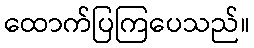
ထောက်ပြကြပေသည်။